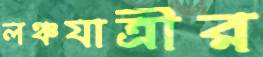
লঞ্চযাত্রীর